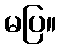
မပြ။